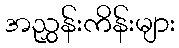
အညွှန်းကိန်းများ